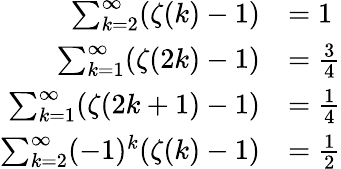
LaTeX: {\begin{array}{rl}{\sum_{k=2}^{\infty}(\zeta(k)-1)}&{=1}\\ {\sum_{k=1}^{\infty}(\zeta(2k)-1)}&{={\frac{3}{4}}}\\ {\sum_{k=1}^{\infty}(\zeta(2k+1)-1)}&{={\frac{1}{4}}}\\ {\sum_{k=2}^{\infty}(-1)^{k}(\zeta(k)-1)}&{={\frac{1}{2}}}\end{array}}